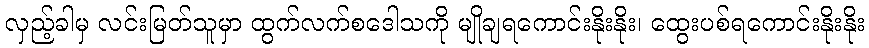
လှည့်ခါမှ လင်းမြတ်သူမှာ ထွက်လက်စဒေါသကို မျိုချရကောင်းနိုးနိုး၊ ထွေးပစ်ရကောင်းနိုးနိုး